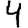
Digit: 4